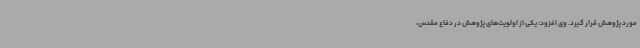
مورد پژوهش قرار گیرد. وی افزود: یکی از اولویت‌های پژوهش در دفاع مقدس،